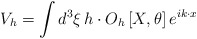
\begin{align*}V_{h}= \int d^3\xi\, h\cdot O_h\left[X,\theta\right]e^{i k \cdot x}\end{align*}